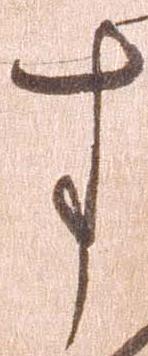
す